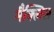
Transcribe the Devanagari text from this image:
मैक्लिस